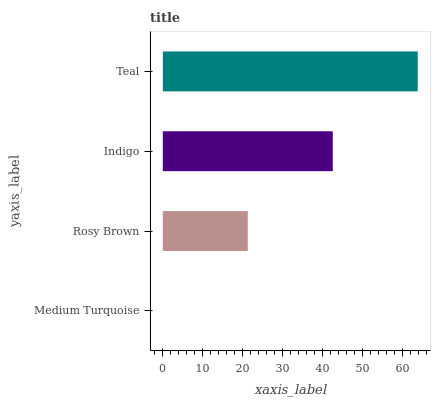
| yaxis_label | bars |
 | --- | --- |
 | Medium Turquoise | 0 |
 | Rosy Brown | 21.3 |
 | Indigo | 42.6 |
 | Teal | 63.9 |